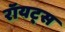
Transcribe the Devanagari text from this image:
रॉयट्स